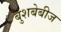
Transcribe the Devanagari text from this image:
बुशबेबीज